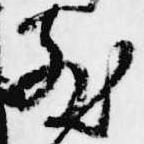
散